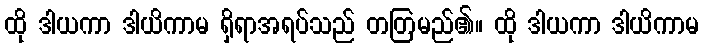
ထို ဒါယကာ ဒါယိကာမ ရှိရာအရပ်သည် တတြမည်၏။ ထို ဒါယကာ ဒါယိကာမ